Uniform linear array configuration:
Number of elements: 4
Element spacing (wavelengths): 0.25
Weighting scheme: kaiser
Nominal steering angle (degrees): -30
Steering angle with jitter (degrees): -30.605
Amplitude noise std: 0.05
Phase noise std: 0.05

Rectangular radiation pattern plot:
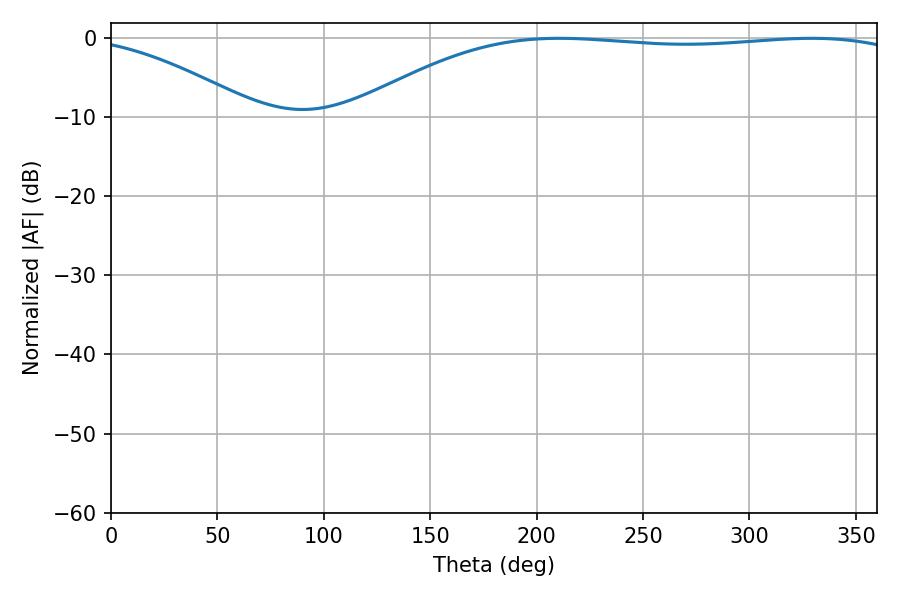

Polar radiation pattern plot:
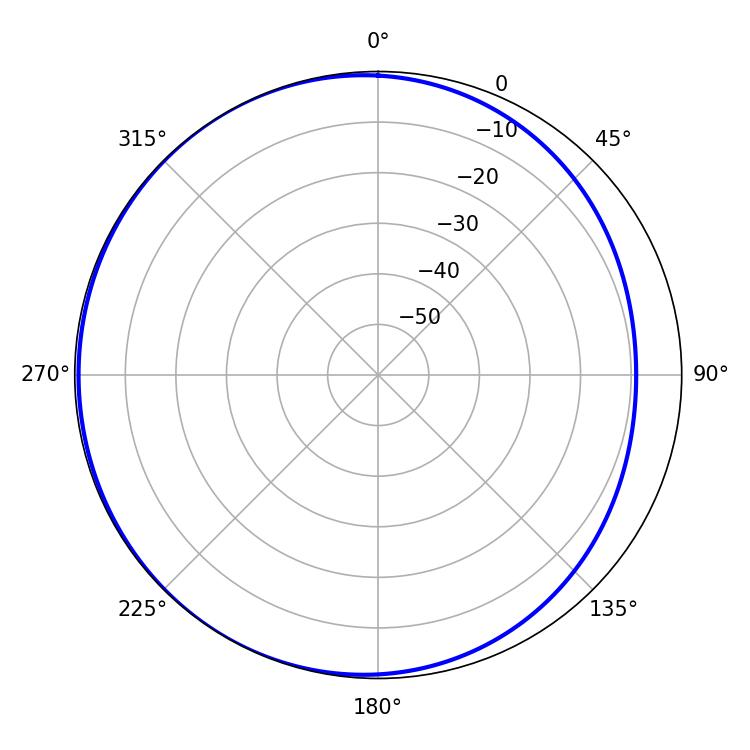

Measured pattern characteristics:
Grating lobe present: FALSE
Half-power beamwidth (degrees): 206.46
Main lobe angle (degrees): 210.6